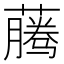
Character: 𰲂